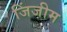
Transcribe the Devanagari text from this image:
जिंजीम